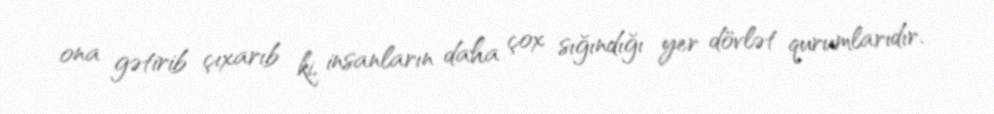
ona gətirib çıxarıb ki, insanların daha çox sığındığı yer dövlət qurumlarıdır.